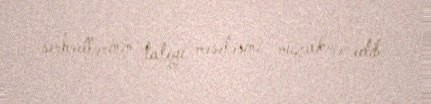
sərhədlərinin taleyi məsələsini müzakirə edib.